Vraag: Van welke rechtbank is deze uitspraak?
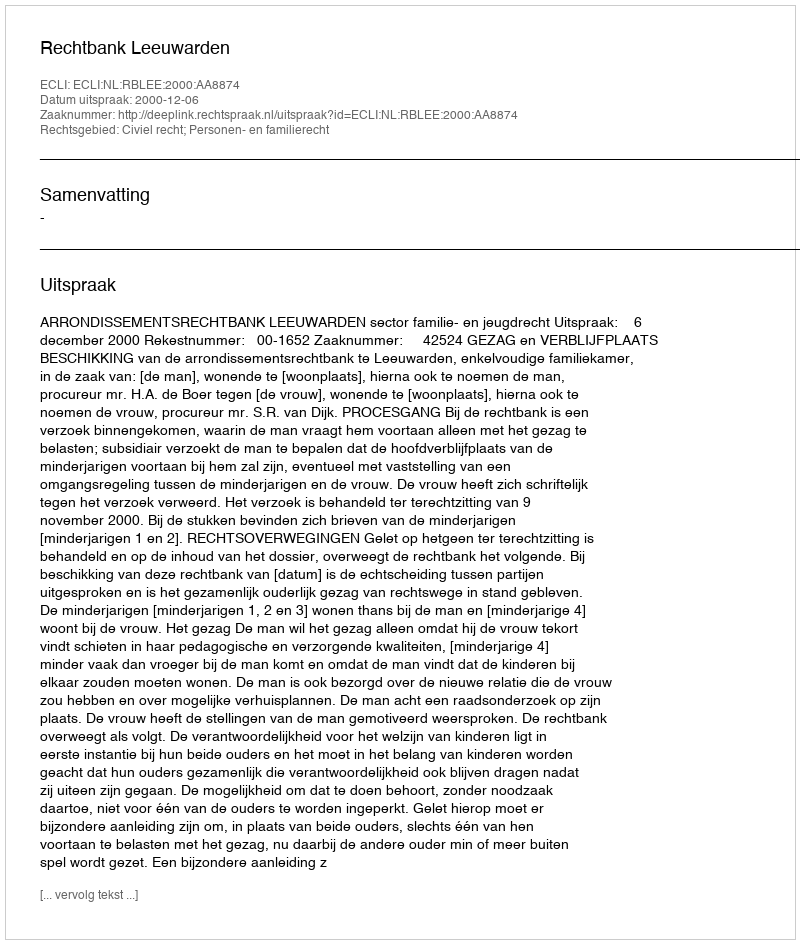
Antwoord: Rechtbank Leeuwarden